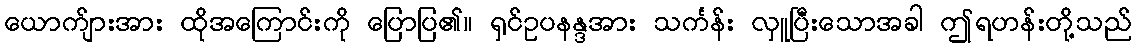
ယောက်ျားအား ထိုအကြောင်းကို ပြောပြ၏။ ရှင်ဥပနန္ဒအား သင်္ကန်း လှူပြီးသောအခါ ဤရဟန်းတို့သည်